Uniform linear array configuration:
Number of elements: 8
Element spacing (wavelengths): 0.5
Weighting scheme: hann
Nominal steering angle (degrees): -15
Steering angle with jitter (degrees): -15.065
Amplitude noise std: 0.05
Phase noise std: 0.05

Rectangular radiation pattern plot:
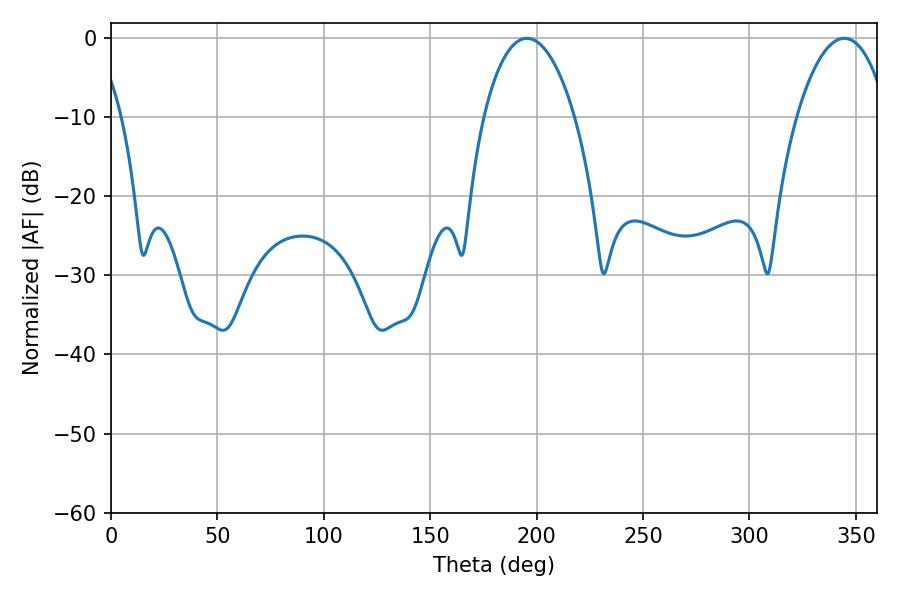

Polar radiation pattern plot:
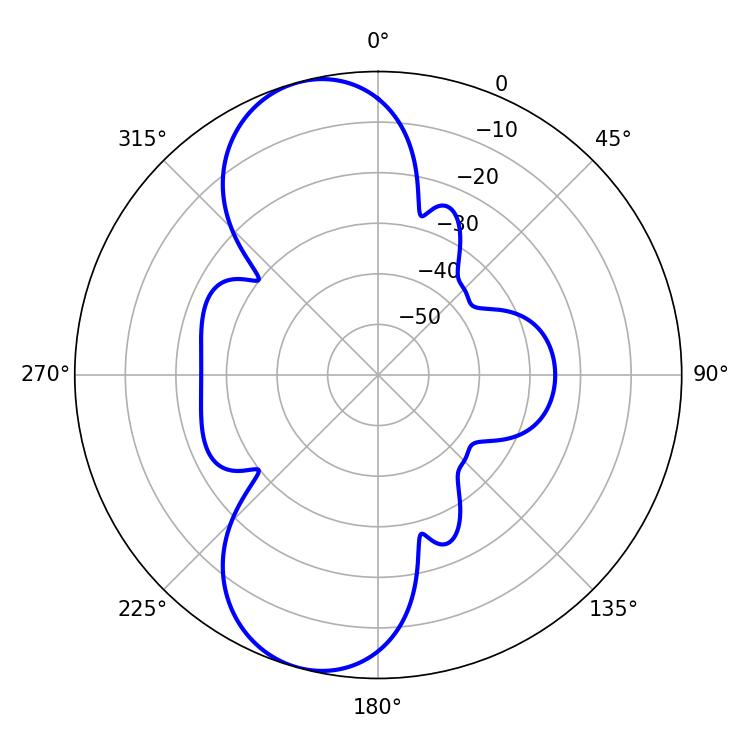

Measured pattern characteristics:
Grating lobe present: FALSE
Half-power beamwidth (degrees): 23.94
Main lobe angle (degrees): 195.48